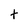
Character: t